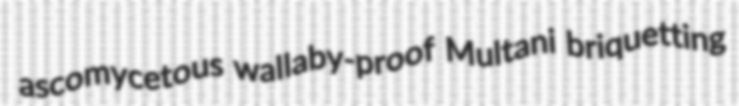
ascomycetous wallaby-proof Multani briquetting